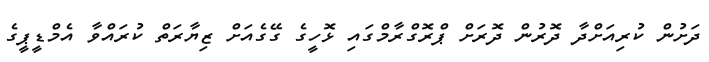
ދަށުން ކުރިއަށްދާ ދޮރުން ދޮރަށް ޕްރޮގްރާމްގައި ޅޮހީގެ ގޭގެއަށް ޒިޔާރަތް ކުރައްވާ އެމްޑީޕީގެ